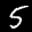
Label: 5